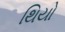
થિયો